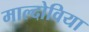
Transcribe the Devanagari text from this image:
माल्दोविया